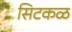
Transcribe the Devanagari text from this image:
सिटकळ